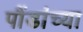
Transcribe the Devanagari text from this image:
पौंडांच्या